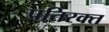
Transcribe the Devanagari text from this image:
प्रतिरक्त